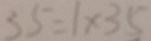
3 5 = 1 \times 3 5